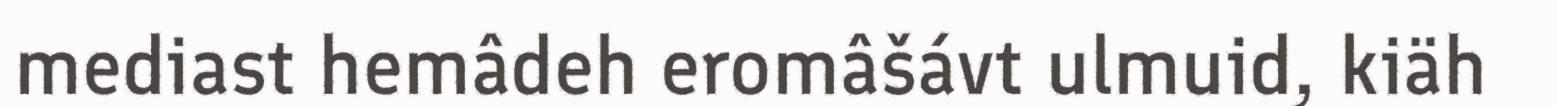
mediast hemâdeh eromâšávt ulmuid, kiäh